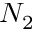
N _ { 2 }